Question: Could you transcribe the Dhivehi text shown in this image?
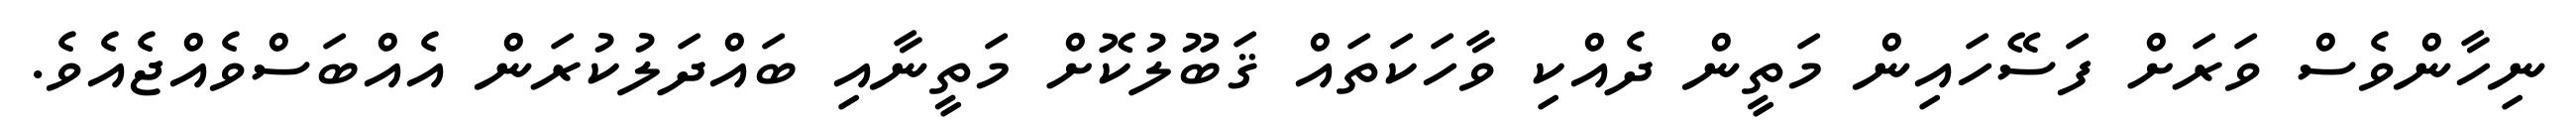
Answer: ނިހާންވެސް ވަރަށް ފަސޭހައިން މަތީން ދެއްކި ވާހަކަތައް ޤަބޫލުކޮށް މަތީނާއި ބައްދަލުކުރަން އެއްބަސްވެއްޖެއެވެ.